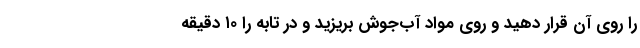
را روی آن قرار دهید و روی مواد آب‌جوش بریزید و در تابه را ۱۰ دقیقه